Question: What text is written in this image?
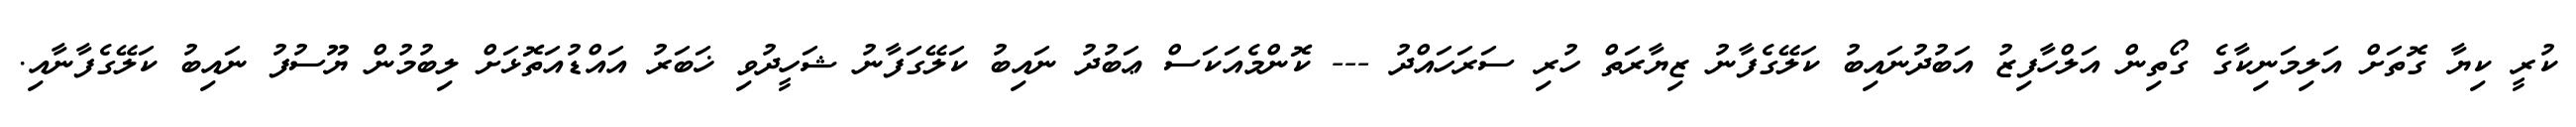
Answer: ކުރީ ކިޔާ ގޮތަށް އަލިމަނިކާގެ ގޯތިން އަލްހާފިޒު އަބުދުނައިބު ކަލޭގެފާނު ޒިޔާރަތް ހުރި ސަރަހައްދު --- ކޮންމެއަކަސް ޢަބުދު ނައިބު ކަލޭގަފާނު ޝަހީދުވި ޚަބަރު އައްޑުއަތޮޅަށް ލިބުމުން ޔޫސުފު ނައިބު ކަލޭގެފާނާއި.